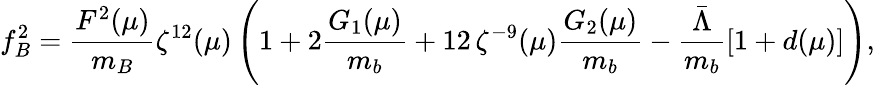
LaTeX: f_{B}^{2}=\frac{F^{2}(\mu)}{m_{B}}\zeta^{12}(\mu)\left(1+2\frac{G_{1}(\mu)}{m_{b}}+12\, \zeta^{-9}(\mu)\frac{G_{2}(\mu)}{m_{b}}-\frac{\bar{\Lambda}}{m_{b}}\left[1+d(\mu)\right]\right),